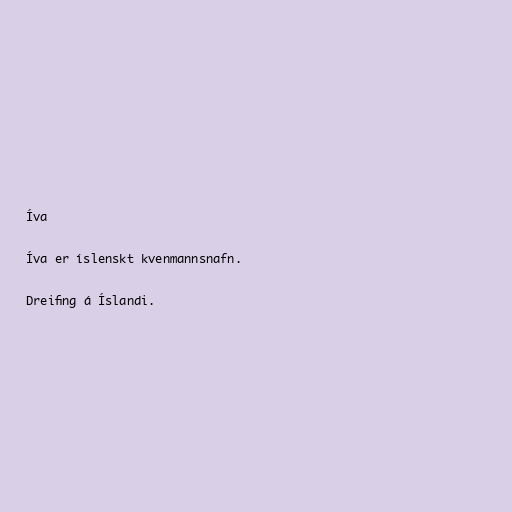
Íva

Íva er íslenskt kvenmannsnafn.

Dreifing á Íslandi.